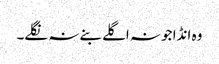
وہ انڈا جو نہ اگلے بنے نہ نگلے۔